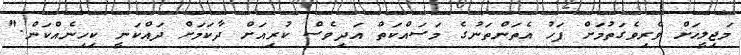
މަޖިލީހަށް ވެރިވެގަތުމަށް ފަހު އެތަންތަނުގެ މަސައްކަތް އަދިވެސް ކުރިއަށް ދާކަމަށް ދައްކަނީ ކިހިނެއްކަން."